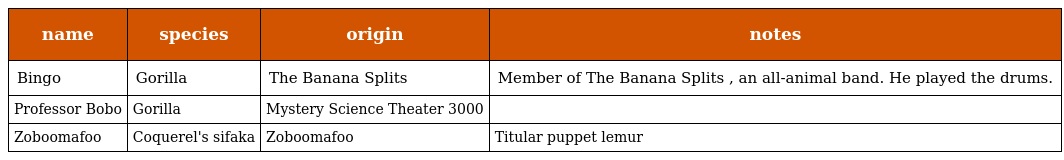
| name | species | origin | notes |
 | --- | --- | --- | --- |
 | Bingo | Gorilla | The Banana Splits | Member of The Banana Splits , an all-animal band. He played the drums. |
 | Professor Bobo | Gorilla | Mystery Science Theater 3000 |  |
 | Zoboomafoo | Coquerel's sifaka | Zoboomafoo | Titular puppet lemur |